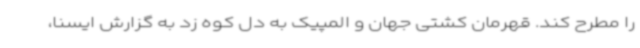
را مطرح کند. قهرمان کشتی جهان و المپیک به دل کوه زد به گزارش ایسنا،